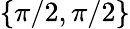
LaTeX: \{ \pi/2,\pi/2\}